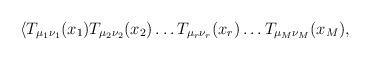
LaTeX: \begin{align*}{\langle T_{\mu_1\nu_1}(x_1) T_{\mu_2\nu_2}(x_2)\dots T_{\mu_r\nu_r}(x_r) \dots T_{\mu_M\nu_M}(x_M) ,}\end{align*}